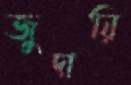
জুদায়ি